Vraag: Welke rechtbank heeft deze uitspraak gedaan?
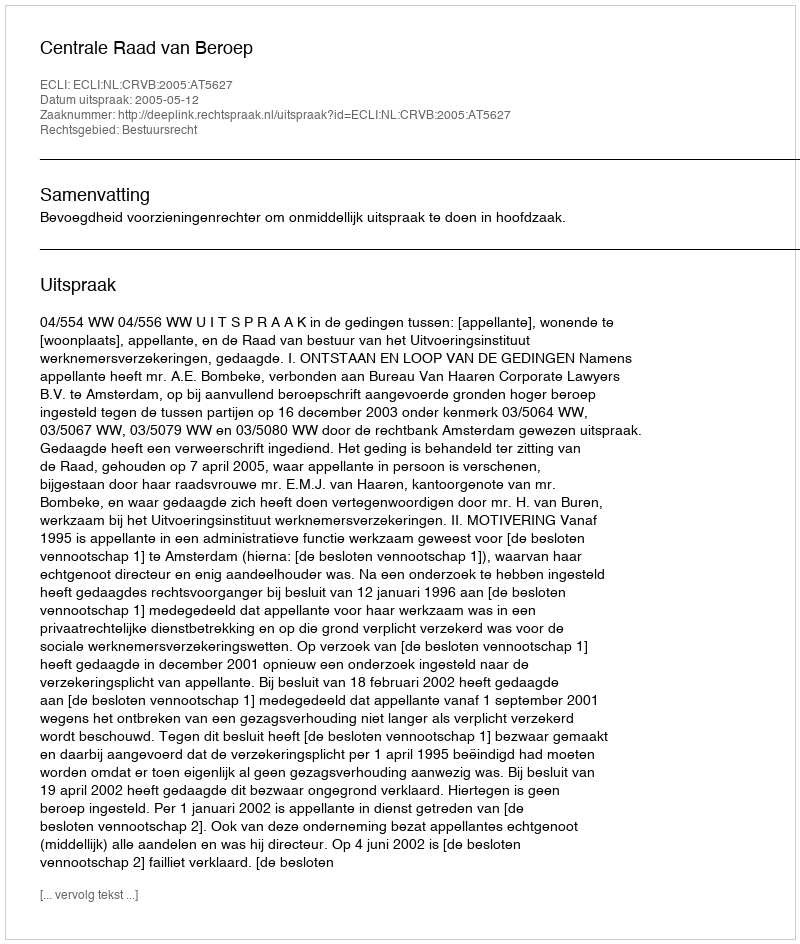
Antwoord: Centrale Raad van Beroep